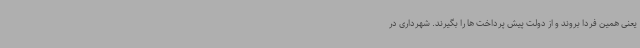
یعنی همین فردا بروند و از دولت پیش پرداخت ها را بگیرند. شهرداری در